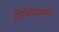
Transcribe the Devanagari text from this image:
तिथिस्वामींचे